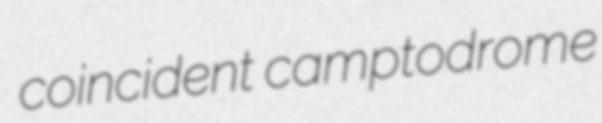
coincident camptodrome